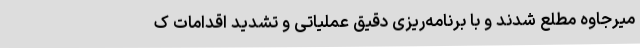
میرجاوه مطلع شدند و با برنامه‌ریزی دقیق عملیاتی و تشدید اقدامات ک